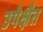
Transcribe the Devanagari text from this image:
उपेक्षैत